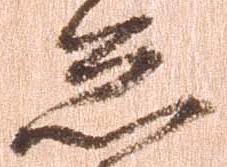
怠